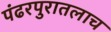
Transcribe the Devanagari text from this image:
पंढरपुरातलाच